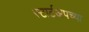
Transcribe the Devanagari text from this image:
स्टार्टअपच्या